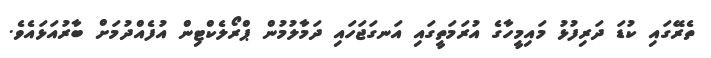
ތެރޭގައި ކުޑަ ދަރިފުޅު މައިމީހާގެ އުރަމަތީގައި އަނގަޖަހައި ދަމާލުމުން ޕްރޯލެކްޓިން އުފެއްދުމަށް ބާރުއަޅައެވެ.